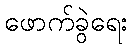
ဖောက်ခွဲရေး